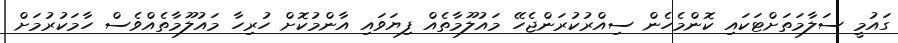
ގައުމީ ސަލާމަތަށްޓަކައި ކޮންމެހެން ސިއްރުކުރަންޖެހޭ މައުލޫމާތެއް ފިޔަވައި އާންމުކޮށް ހުރިހާ މައުލޫމާތެއްވެސް ހާމަކުރުމަށް